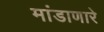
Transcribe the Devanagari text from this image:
मांडाणारे